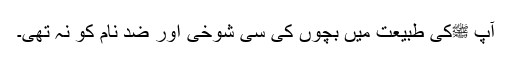
آپ ﷺکی طبیعت میں بچوں کی سی شوخی اور ضد نام کو نہ تھی۔